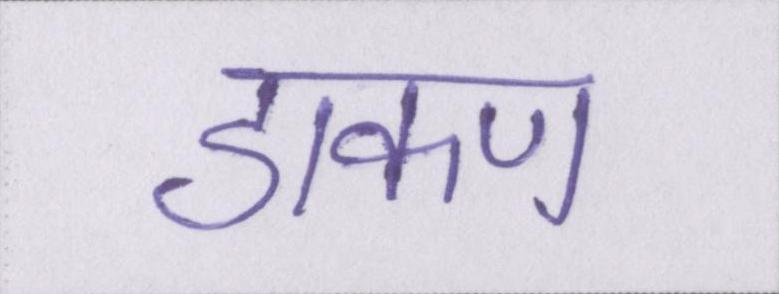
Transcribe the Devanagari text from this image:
डाकण